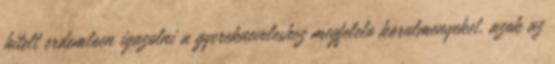
hitelt erdemloen igazolni a gyerekneveleshez megfelelo korulmenyeket, azok az